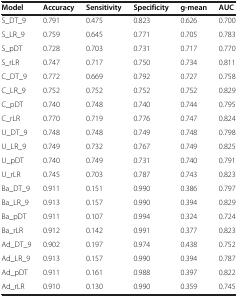
<table><thead><tr><td><b>Model</b></td><td><b>Accuracy</b></td><td><b>Sensitivity</b></td><td><b>Specificity</b></td><td><b>g-mean</b></td><td><b>AUC</b></td></tr></thead><tbody><tr><td>S_DT_9</td><td>0.791</td><td>0.475</td><td>0.823</td><td>0.626</td><td>0.700</td></tr><tr><td>S_LR_9</td><td>0.759</td><td>0.645</td><td>0.771</td><td>0.705</td><td>0.783</td></tr><tr><td>S_pDT</td><td>0.728</td><td>0.703</td><td>0.731</td><td>0.717</td><td>0.770</td></tr><tr><td>S_rLR</td><td>0.747</td><td>0.717</td><td>0.750</td><td>0.734</td><td>0.811</td></tr><tr><td>C_DT_9</td><td>0.772</td><td>0.669</td><td>0.792</td><td>0.727</td><td>0.758</td></tr><tr><td>C_LR_9</td><td>0.752</td><td>0.752</td><td>0.752</td><td>0.752</td><td>0.829</td></tr><tr><td>C_pDT</td><td>0.740</td><td>0.748</td><td>0.740</td><td>0.744</td><td>0.795</td></tr><tr><td>C_rLR</td><td>0.770</td><td>0.719</td><td>0.776</td><td>0.747</td><td>0.824</td></tr><tr><td>U_DT_9</td><td>0.748</td><td>0.748</td><td>0.749</td><td>0.748</td><td>0.798</td></tr><tr><td>U_LR_9</td><td>0.749</td><td>0.732</td><td>0.767</td><td>0.749</td><td>0.825</td></tr><tr><td>U_pDT</td><td>0.740</td><td>0.749</td><td>0.731</td><td>0.740</td><td>0.791</td></tr><tr><td>U_rLR</td><td>0.745</td><td>0.703</td><td>0.787</td><td>0.743</td><td>0.823</td></tr><tr><td>Ba_DT_9</td><td>0.911</td><td>0.151</td><td>0.990</td><td>0.386</td><td>0.797</td></tr><tr><td>Ba_LR_9</td><td>0.913</td><td>0.157</td><td>0.990</td><td>0.394</td><td>0.829</td></tr><tr><td>Ba_pDT</td><td>0.911</td><td>0.107</td><td>0.994</td><td>0.324</td><td>0.724</td></tr><tr><td>Ba_rLR</td><td>0.912</td><td>0.142</td><td>0.991</td><td>0.377</td><td>0.823</td></tr><tr><td>Ad_DT_9</td><td>0.902</td><td>0.197</td><td>0.974</td><td>0.438</td><td>0.752</td></tr><tr><td>Ad_LR_9</td><td>0.913</td><td>0.157</td><td>0.990</td><td>0.394</td><td>0.787</td></tr><tr><td>Ad_pDT</td><td>0.911</td><td>0.161</td><td>0.988</td><td>0.397</td><td>0.822</td></tr><tr><td>Ad_rLR</td><td>0.910</td><td>0.130</td><td>0.990</td><td>0.359</td><td>0.745</td></tr></tbody></table>